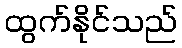
ထွက်နိုင်သည်